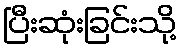
ပြီးဆုံးခြင်းသို့